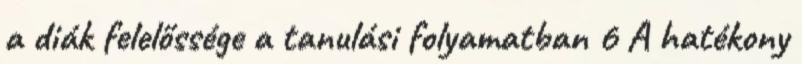
a diák felelőssége a tanulási folyamatban 6 A hatékony